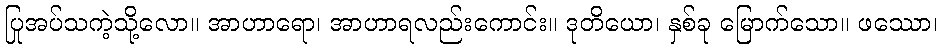
ပြုအပ်သကဲ့သို့လော။ အာဟာရော၊ အာဟာရလည်းကောင်း။ ဒုတိယော၊ နှစ်ခု မြောက်သော။ ဖဿော၊